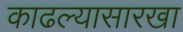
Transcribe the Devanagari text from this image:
काढल्यासारखा